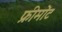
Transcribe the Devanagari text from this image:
फ्रीमोंट